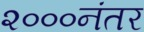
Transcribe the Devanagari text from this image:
२०००नंतर